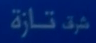
شَقْ تَازَة